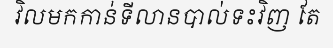
វិលមកកាន់ទីលានបាល់ទះវិញ តែ